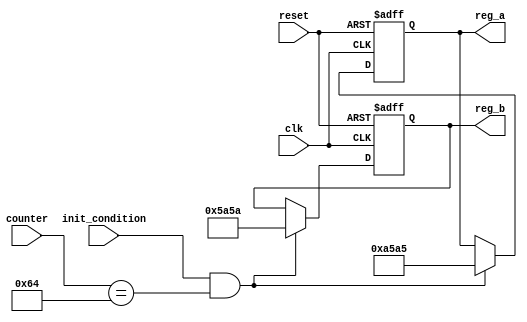
module ConditionalInitialization (
    input wire clk,                // Clock signal
    input wire reset,              // Asynchronous reset signal
    input wire init_condition,      // Control signal for initialization
    input wire [7:0] counter,      // Example variable to check condition
    output reg [15:0] reg_a,       // Register to be initialized
    output reg [15:0] reg_b        // Another register to be initialized
);

// Initialization values
parameter INIT_VALUE_A = 16'hA5A5; // Example initialization value for reg_a
parameter INIT_VALUE_B = 16'h5A5A; // Example initialization value for reg_b

// State variable to track initialization
reg initialized;

// Always block for synchronous initialization
always @(posedge clk or posedge reset) begin
    if (reset) begin
        // Reset the registers and state
        reg_a <= 16'b0;
        reg_b <= 16'b0;
        initialized <= 1'b0;
    end else if (init_condition && (counter == 8'd100)) begin
        // Conditional initialization based on control signal and counter value
        reg_a <= INIT_VALUE_A;
        reg_b <= INIT_VALUE_B;
        initialized <= 1'b1; // Mark as initialized
    end
end

endmodule